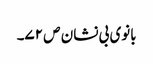
بانوی بی نشان ص ۷۲۔